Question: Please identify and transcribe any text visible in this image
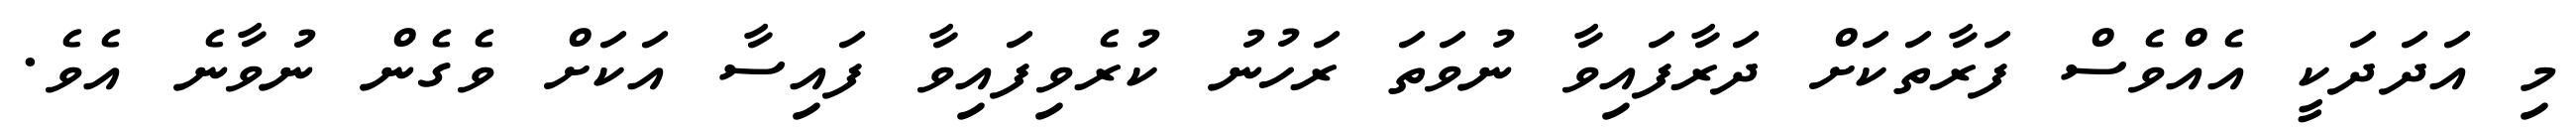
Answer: މި އަދަދަކީ އެއްވެސް ފަރާތަކަށް ދަރާފައިވާ ނުވަތަ ރަހުނު ކުރެވިފައިވާ ފައިސާ އަކަށް ވެގެން ނުވާނެ އެވެ.